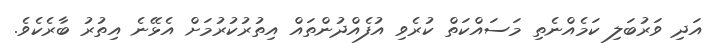
އަދި ވަރުބަލި ކަމެއްނެތި މަސައްކަތް ކުރެވި އުފެއްދުންތައް އިތުރުކުރުމަށް އެޅޭނެ އިތުރު ބާރެކެވެ.